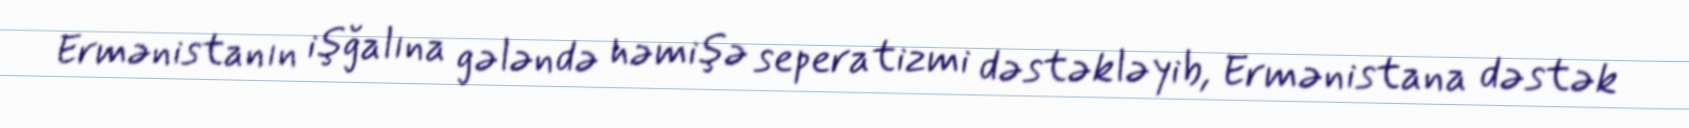
Ermənistanın işğalına gələndə həmişə seperatizmi dəstəkləyib, Ermənistana dəstək